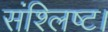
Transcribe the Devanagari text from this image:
संश्लिष्ट।